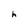
Character: h